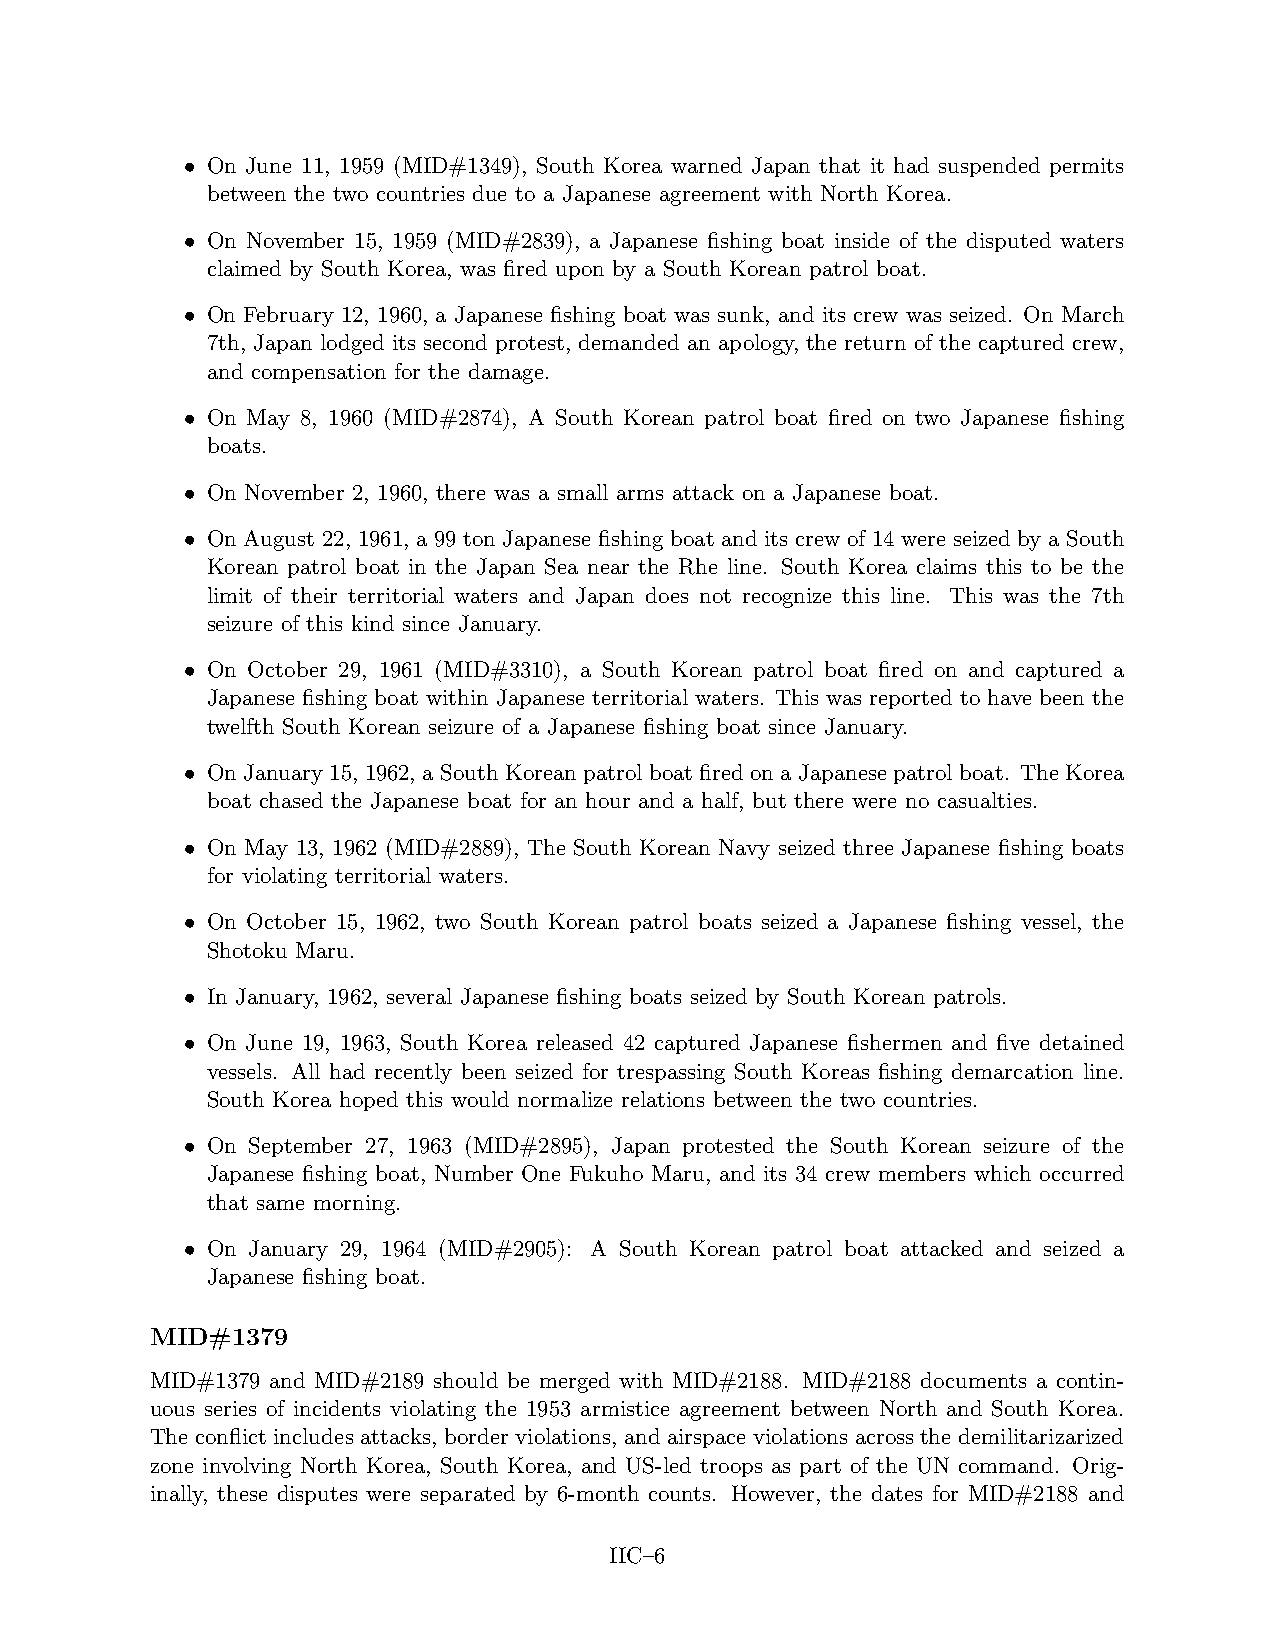
• On June 11, 1959 (MID#1349), South Korea warned Japan that it had suspended permits
 between the two countries due to a Japanese agreement with North Korea.
 • On November 15, 1959 (MID#2839), a Japanese fishing boat inside of the disputed waters
 claimed by South Korea, was fired upon by a South Korean patrol boat.
 • On February 12, 1960, a Japanese fishing boat was sunk, and its crew was seized. On March
 7th, Japan lodged its second protest, demanded an apology, the return of the captured crew,
 and compensation for the damage.
 • On May 8, 1960 (MID#2874), A South Korean patrol boat fired on two Japanese fishing
 boats.
 • On November 2, 1960, there was a small arms attack on a Japanese boat.
 • On August 22, 1961, a 99 ton Japanese fishing boat and its crew of 14 were seized by a South
 Korean patrol boat in the Japan Sea near the Rhe line. South Korea claims this to be the
 limit of their territorial waters and Japan does not recognize this line. This was the 7th
 seizure of this kind since January.
 • On October 29, 1961 (MID#3310), a South Korean patrol boat fired on and captured a
 Japanese fishing boat within Japanese territorial waters. This was reported to have been the
 twelfth South Korean seizure of a Japanese fishing boat since January.
 • On January 15, 1962, a South Korean patrolboat fired on a Japanese patrolboat. The Korea
 boat chased the Japanese boat for an hour and a half, but there were no casualties.
 • On May 13, 1962 (MID#2889), The South Korean Navy seized three Japanese fishing boats
 for violating territorial waters.
 • On October 15, 1962, two South Korean patrol boats seized a Japanese fishing vessel, the
 Shotoku Maru.
 • In January, 1962, several Japanese fishing boats seized by South Korean patrols.
 • On June 19, 1963, South Korea released 42 captured Japanese fishermen and five detained
 vessels. All had recently been seized for trespassing South Koreas fishing demarcation line.
 South Korea hoped this would normalize relations between the two countries.
 • On September 27, 1963 (MID#2895), Japan protested the South Korean seizure of the
 Japanese fishing boat, Number One Fukuho Maru, and its 34 crew members which occurred
 that same morning.
 • On January 29, 1964 (MID#2905): A South Korean patrol boat attacked and seized a
 Japanese fishing boat.
 MID#1379
 MID#1379 and MID#2189 should be merged with MID#2188. MID#2188 documents a contin-
 uous series of incidents violating the 1953 armistice agreement between North and South Korea.
 The conflict includes attacks, border violations, and airspace violations across the demilitarizarized
 zone involving North Korea, South Korea, and US-led troops as part of the UN command. Orig-
 inally, these disputes were separated by 6-month counts. However, the dates for MID#2188 and
 IIC–6